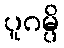
ပူဂမ္ပိ